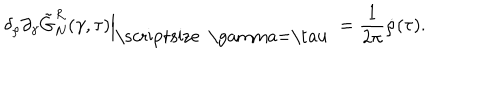
{ \delta _ { \rho } } { \partial _ { \gamma } } { \tilde { G } _ { N } ^ { R } } ( \gamma , \tau ) { \Big | _ { \mathrm { \scriptsize ~ \ g a m m a = \ t a u ~ } } } = { \frac { 1 } { 2 \pi } } \dot { \rho } ( \tau ) .